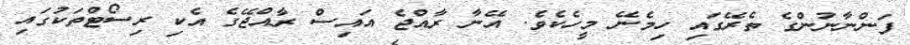
ފަންނާނުންގެ ތެރޭގައި ހިމެނޭ މީހެކެވެ. އޭނާ ރާއްޖެ އައިސް ރާއްޖޭގެ އެކި ރިސޯޓްތަކުގައި